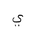
Letter: _ya